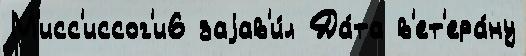
М'исс'иссог'и6 заjав'и́л Да́та в'ет'ера́ну